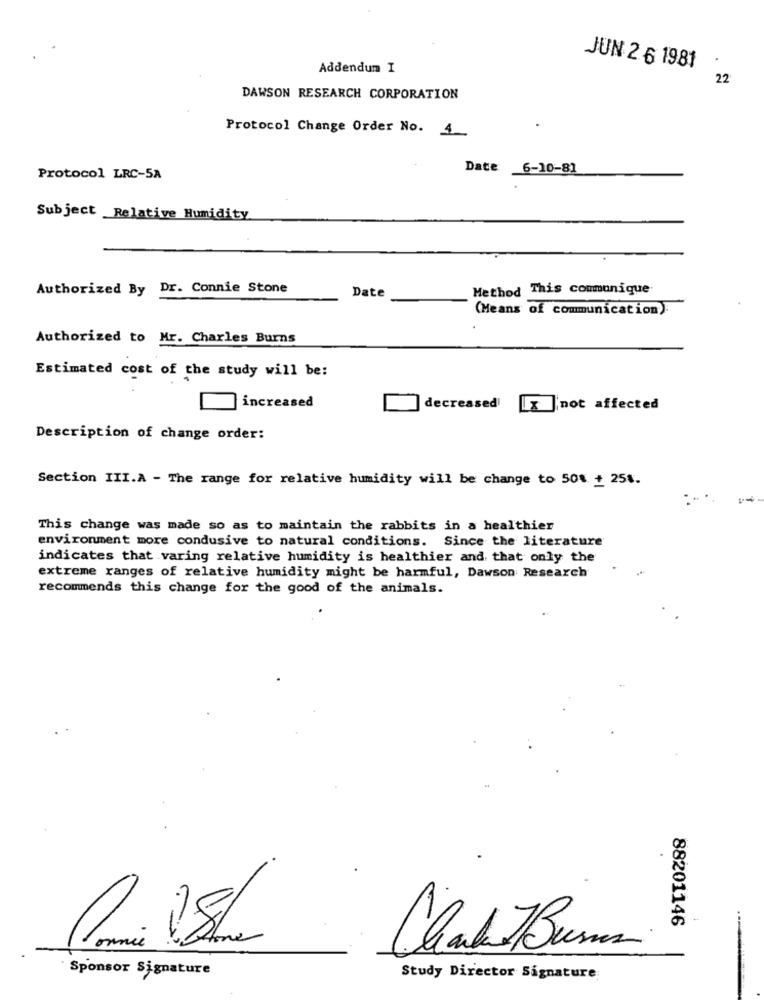
Addendum I
JUN 2 6 1981
22
DAWSON RESEARCH CORPORATION
Protocol Change Order No. 1
Date 6-10-81
Protocol LRC-5A
Subject _Relative Humidity
Authorized By Dr. Connie Stone
Method This communique
Date
(Means of communication).
Authorized to Mr. Charles Burns
Estimated cost of the study will be:
increased
decreased
x |not affected
Description of change order:
Section III.A - The range for relative humidity will be change to 50% + 251.
This change was made so as to maintain the rabbits in a healthier
environment more condusive to natural conditions. Since the literature
indicates that varing relative humidity is healthier and that only the
extreme ranges of relative humidity might be harmful, Dawson Research
recommends this change for the good of the animals.
-
88201146
Sponsor Signature
Study Director Signature